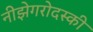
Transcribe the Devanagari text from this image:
नीझेगरोदस्की